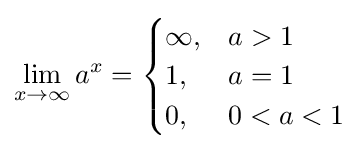
\lim _{x\to \infty }a^{x}={\begin{cases}\infty ,&a>1\\1,&a=1\\0,&0<a<1\end{cases}}